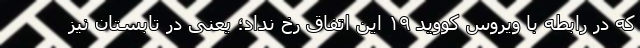
که در رابطه با ویروس کووید ۱۹ این اتفاق رخ نداد؛ یعنی در تابستان نیز